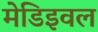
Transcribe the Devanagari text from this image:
मेडिइवल